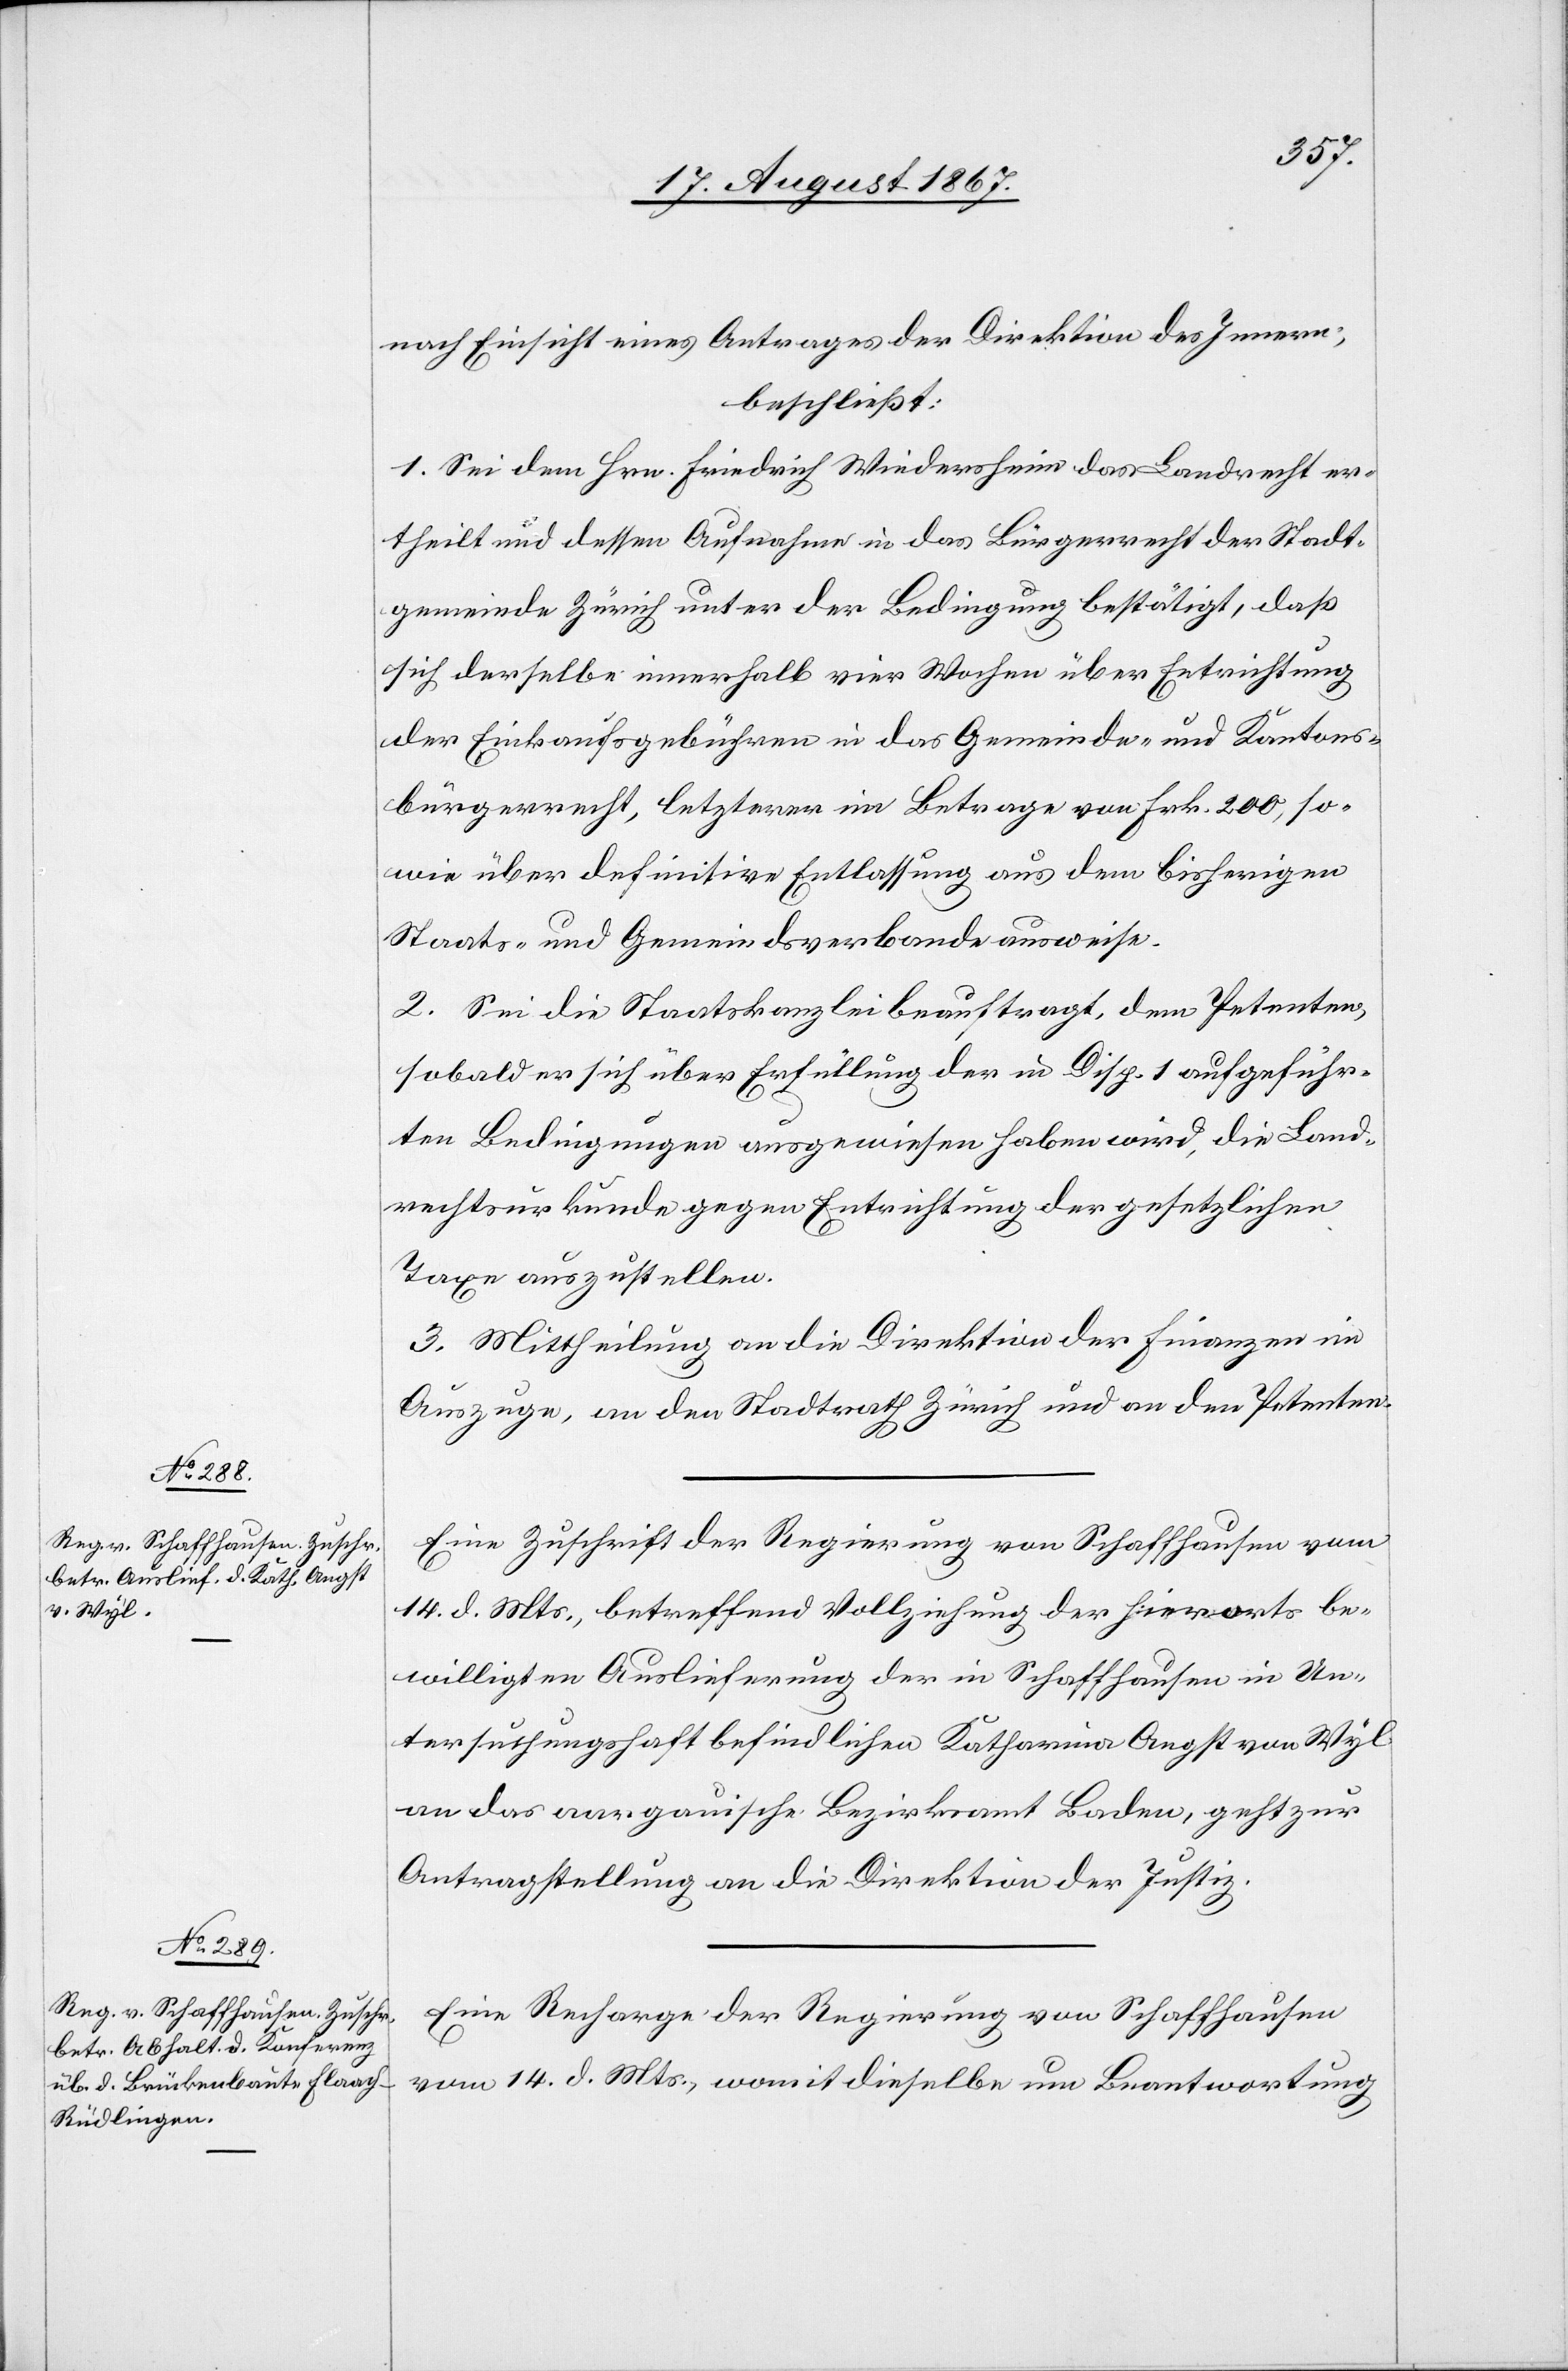
17. August 1867.]
nach Einsicht eines Antrages der Direktion des Innern,
beschließt:
1. Sei dem Hrn. Friedrich Wiedersheim das Landrecht er¬
theilt und dessen Aufnahme in das Bürgerrecht der Stadt¬
gemeinde Zürich unter der Bedingung bestätigt, daß
sich derselbe innerhalb vier Wochen über Entrichtung
der Einkaufsgebühren in das Gemeinde- und Kantons¬
bürgerrecht, letzterer im Betrage von Frk. 200, so¬
wie über definitive Entlassung aus dem bisherigen
Staats- und Gemeindsverbande ausweise.
2. Sei die Staatskanzlei beauftragt, dem Petenten,
sobald er sich über Erfüllung der in Disp. 1 aufgeführ¬
ten Bedingungen ausgewiesen haben wird, die Land¬
rechtsurkunde gegen Entrichtung der gesetzlichen
Taxe auszustellen.
3. Mittheilung an die Direktion der Finanzen im
Auszuge, an den Stadtrath Zürich und an den Petenten.
Eine Zuschrift der Regierung von Schaffhausen vom
14. d. Mts., betreffend Vollziehung der hierorts be¬
willigten Auslieferung der in Schaffhausen in Un¬
tersuchungshaft befindlichen Katharina Angst von Wyl
an das aargauische Bezirksamt Baden, geht zur
Antragstellung an die Direktion der Justiz.
Eine Recharge der Regierung von Schaffhausen
vom 14. d. Mts., womit dieselbe um Beantwortung